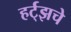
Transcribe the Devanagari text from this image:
हर्ट्‌झचे